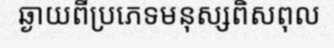
ឆ្ងាយពីប្រភេទមនុស្សពិសពុល